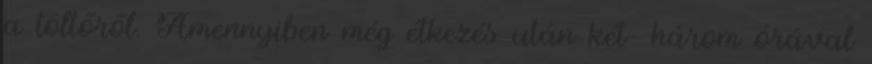
a töltőről. Amennyiben még étkezés után két- három órával